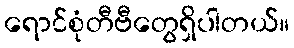
ရောင်စုံတီဗီတွေရှိပါတယ်။